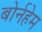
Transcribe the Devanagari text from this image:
बोर्नहेम